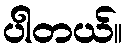
ပါတယ်။